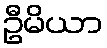
ဦမိယာ